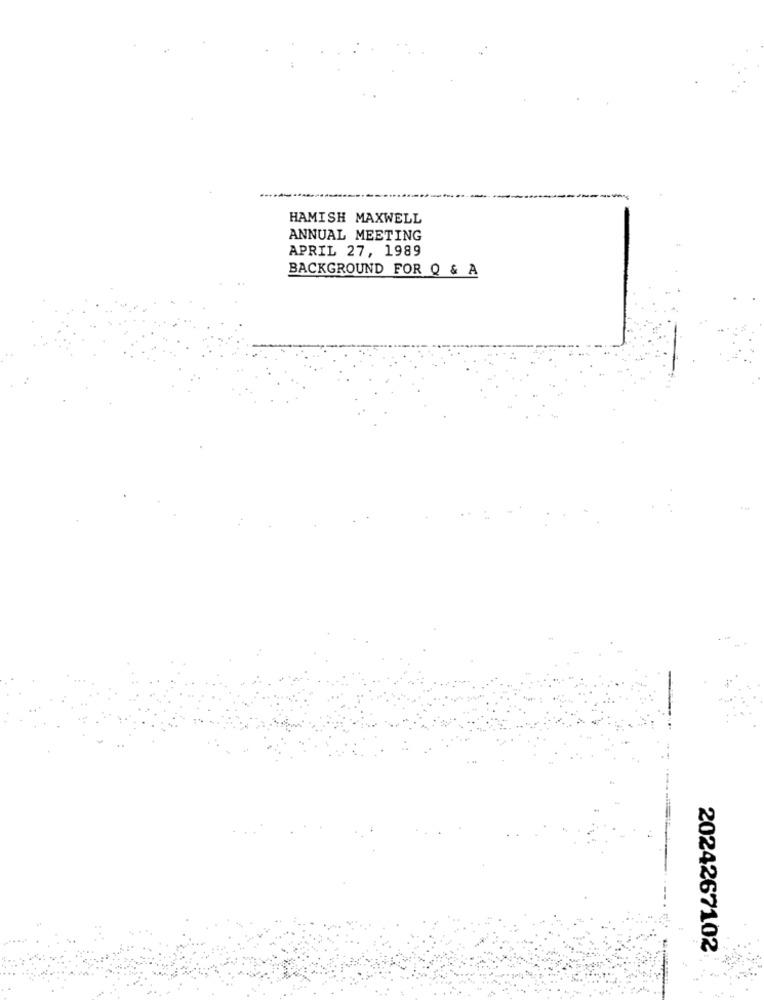
HAMISH MAXWELL
ANNUAL MEETING
APRIL 27, 1989
BACKGROUND FOR Q & A
2024267102